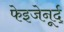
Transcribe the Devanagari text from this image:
फेइजेनूर्द्